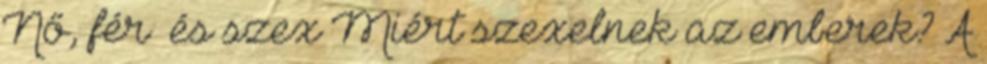
Nő, férﬁ és szex Miért szexelnek az emberek? A